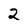
Character: 2